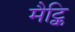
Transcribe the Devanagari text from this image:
मैट्कि